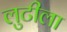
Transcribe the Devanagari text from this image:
लुटीला